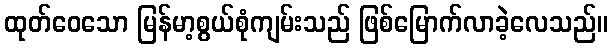
ထုတ်ဝေသော မြန်မာ့စွယ်စုံကျမ်းသည် ဖြစ်မြောက်လာခဲ့လေသည်။